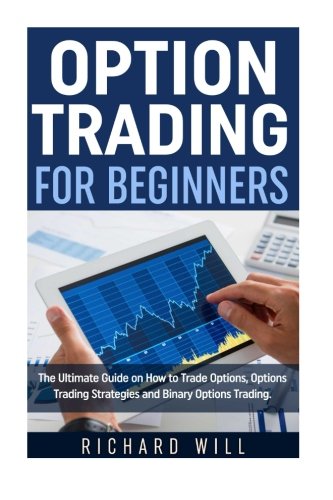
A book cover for Option Trading for Beginners: The Ultimate Guide on How to Trade Options, Options Trading Strategies and Binary Options Trading.; Richard Will; Business & Money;